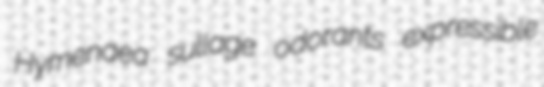
Hymenaea sullage odorants expressible